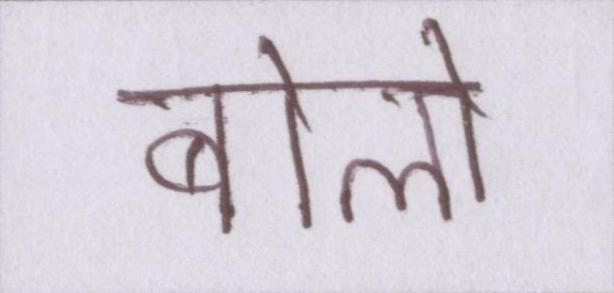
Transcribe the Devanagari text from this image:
बोलो